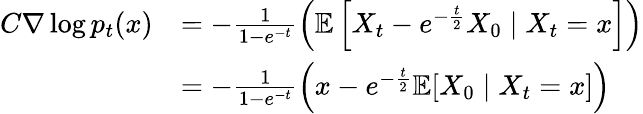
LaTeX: \begin{array}{rl}{C\nabla\log p_{t}(x)}&{=-\frac{1}{1-e^{-t}}\left(\mathbb{E}\left[X_{t}-e^{-\frac{t}{2}}X_{0}\mid X_{t}=x\right]\right)}\\ &{=-\frac{1}{1-e^{-t}}\left(x-e^{-\frac{t}{2}}\mathbb{E}[X_{0}\mid X_{t}=x]\right)}\end{array}